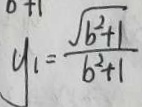
y _ { 1 } = \frac { \sqrt { b ^ { 2 } + 1 } } { b ^ { 2 } + 1 }